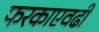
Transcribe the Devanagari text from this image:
फरकाएवढी